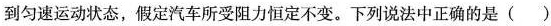
到匀速运动状态，假定汽车所受阻力恒定不变。下列说法中正确的是()